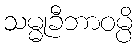
သမ္မုခီဘာဝမ္ပိ